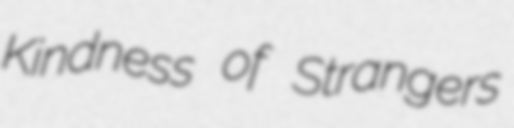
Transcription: Kindness of Strangers